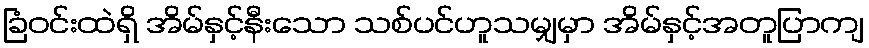
ခြံဝင်းထဲရှိ အိမ်နှင့်နီးသော သစ်ပင်ဟူသမျှမှာ အိမ်နှင့်အတူပြာကျ